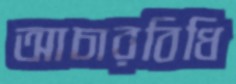
আচারবিধি